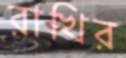
রাখির